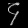
Digit: ၄